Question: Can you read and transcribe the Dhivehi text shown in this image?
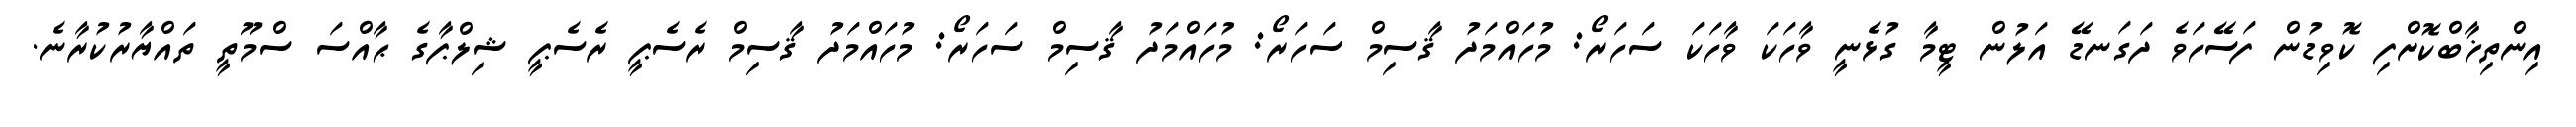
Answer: އިންތިޚާބްކޮށްފި ކޮވިޑުން ފަސޭހަވެ ދަގަނޑޭ އަލުން ޓީމާ ގުޅެނީ ވާހަކަ ވާހަކަ ސަހަރޯ: މުހައްމަދު ޤާސިމް ސަހަރޯ: މުހައްމަދު ޤާސިމް ސަހަރޯ: މުހައްމަދު ޤާސިމް ރެސެޕީ ރެސެޕީ ޝިލްޕާގެ ޙާއްސަ ސްމޫތީ ތައްޔާރުކުރާނެ.